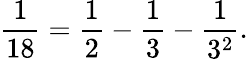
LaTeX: {\frac{1}{18}}={\frac{1}{2}}-{\frac{1}{3}}-{\frac{1}{3^{2}}}.